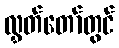
လွှတ်တော်တွင်